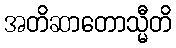
အတိဆာတောသ္မီတိ